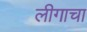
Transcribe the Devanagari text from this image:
लीगाचा